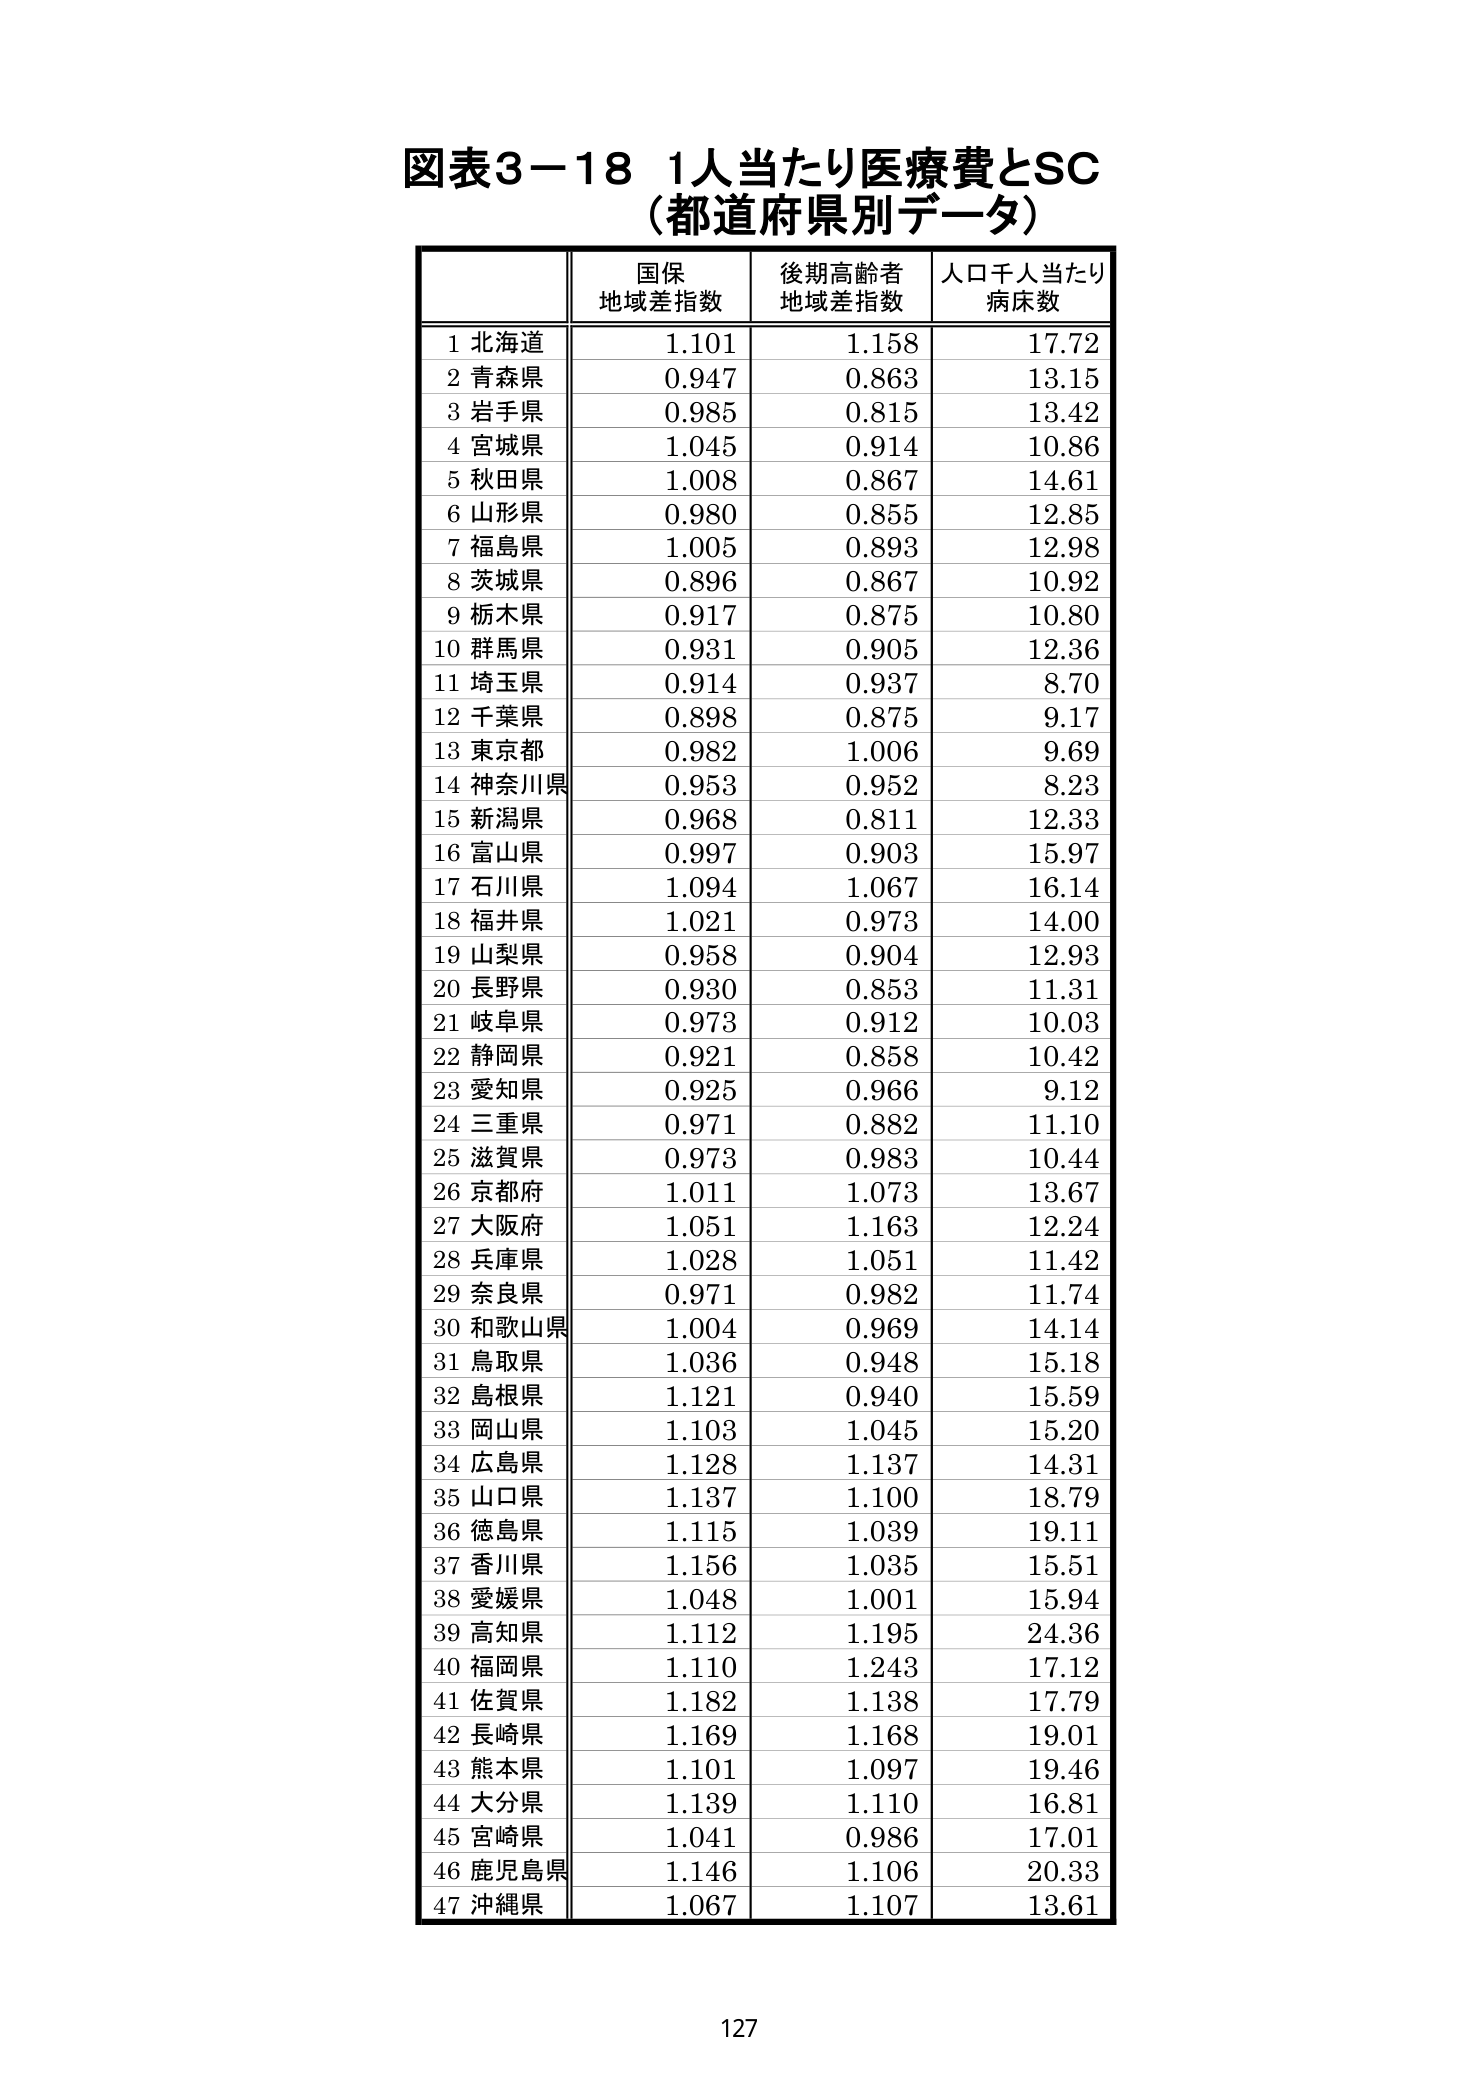
図表3-18 1人当たり医療費とSC
（都道府県別データ）

国保
地域差指数 後期高齢者
地域差指数 人口千人当たり
病床数

1 北海道 1.101 1.158 17.72
2 青森県 0.947 0.863 13.15
3 岩手県 0.985 0.815 13.42
4 宮城県 1.045 0.914 10.86
5 秋田県 1.008 0.867 14.61
6 山形県 0.980 0.855 12.85
7 福島県 1.005 0.893 12.98
8 茨城県 0.896 0.867 10.92
9 栃木県 0.917 0.875 10.80
10 群馬県 0.931 0.905 12.36
11 埼玉県 0.914 0.937 8.70
12 千葉県 0.898 0.875 9.17
13 東京都 0.982 1.006 9.69
14 神奈川県 0.953 0.952 8.23
15 新潟県 0.968 0.811 12.33
16 富山県 0.997 0.903 15.97
17 石川県 1.094 1.067 16.14
18 福井県 1.021 0.973 14.00
19 山梨県 0.958 0.904 12.93
20 長野県 0.930 0.853 11.31
21 岐阜県 0.973 0.912 10.03
22 静岡県 0.921 0.858 10.42
23 愛知県 0.925 0.966 9.12
24 三重県 0.971 0.882 11.10
25 滋賀県 0.973 0.983 10.44
26 京都府 1.011 1.073 13.67
27 大阪府 1.051 1.163 12.24
28 兵庫県 1.028 1.051 11.42
29 奈良県 0.971 0.982 11.74
30 和歌山県 1.004 0.969 14.14
31 鳥取県 1.036 0.948 15.18
32 島根県 1.121 0.940 15.59
33 岡山県 1.103 1.045 15.20
34 広島県 1.128 1.137 14.31
35 山口県 1.137 1.100 18.79
36 徳島県 1.115 1.039 19.11
37 香川県 1.156 1.035 15.51
38 愛媛県 1.048 1.001 15.94
39 高知県 1.112 1.195 24.36
40 福岡県 1.110 1.243 17.12
41 佐賀県 1.182 1.138 17.79
42 長崎県 1.169 1.168 19.01
43 熊本県 1.101 1.097 19.46
44 大分県 1.139 1.110 16.81
45 宮崎県 1.041 0.986 17.01
46 鹿児島県 1.146 1.106 20.33
47 沖縄県 1.067 1.107 13.61

127